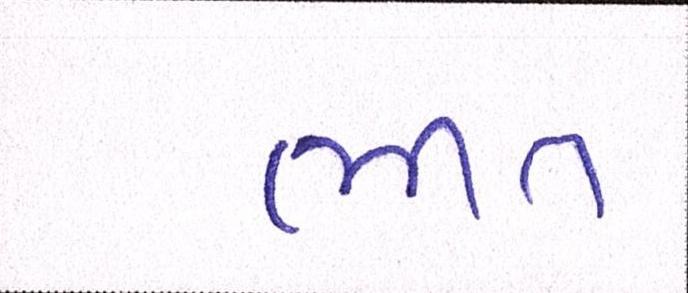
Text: ભીંત